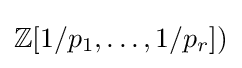
\mathbb {Z} [1/p_{1},\ldots ,1/p_{r}])